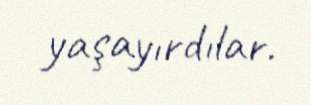
yaşayırdılar.